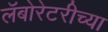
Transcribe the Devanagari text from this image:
लॅबोरेटरीच्या